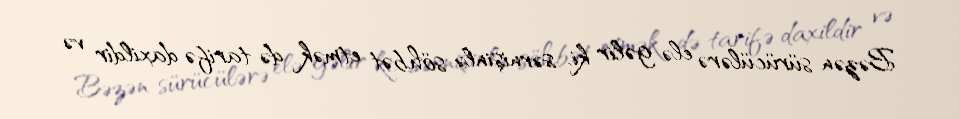
Bəzən sürücülərə elə gəlir ki, sərnişinlə söhbət etmək də tarifə daxildir və